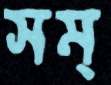
সম্